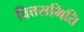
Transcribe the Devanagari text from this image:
वित्तसमिति